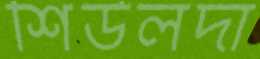
শিউলদা